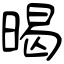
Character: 暍